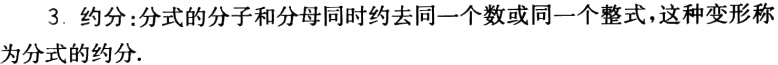
3. 约分：分式的分子和分母同时约去同一个数或同一个整式，这种变形称为分式的约分.